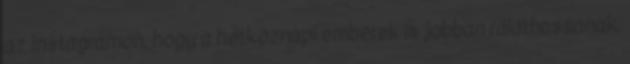
az Instagramon, hogy a hétköznapi emberek is jobban ráláthassanak,